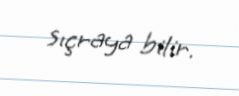
sıçraya bilir.